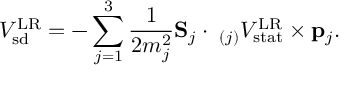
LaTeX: V _ { \mathrm { s d } } ^ { \mathrm { L R } } = - \sum _ { j = 1 } ^ { 3 } { \frac { 1 } { 2 m _ { j } ^ { 2 } } } { \bf S } _ { j } \cdot { \bf \nabla } _ { ( j ) } V _ { \mathrm { s t a t } } ^ { \mathrm { L R } } \times { \bf p } _ { j } .